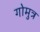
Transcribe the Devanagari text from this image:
गोमुत्र